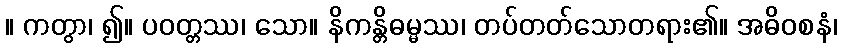
။ ကတွာ၊ ၍။ ပဝတ္တဿ၊ သော။ နိကန္တိဓမ္မဿ၊ တပ်တတ်သောတရား၏။ အဓိဝစနံ၊